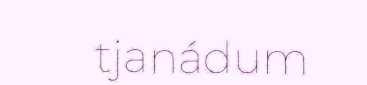
tjanádum